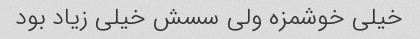
خیلی خوشمزه ولی سسش خیلی زیاد بود